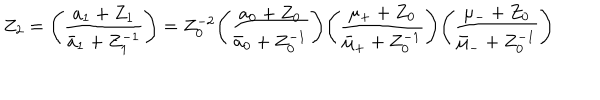
Z _ { 2 } = \Biggl ( \frac { a _ { 1 } + Z _ { 1 } } { { \bar { a } } _ { 1 } + Z _ { 1 } ^ { - 1 } } \Biggr ) = Z _ { 0 } ^ { - 2 } \Biggl ( \frac { a _ { 0 } + Z _ { 0 } } { { \bar { a } } _ { 0 } + Z _ { 0 } ^ { - 1 } } \Biggr ) \Biggl ( \frac { \mu _ { + } + Z _ { 0 } } { { \bar { \mu } } _ { + } + Z _ { 0 } ^ { - 1 } } \Biggr ) \Biggl ( \frac { \mu _ { - } + Z _ { 0 } } { { \bar { \mu } } _ { - } + Z _ { 0 } ^ { - 1 } } \Biggr )